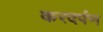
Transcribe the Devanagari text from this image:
करदर्पण